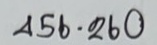
456 . 260